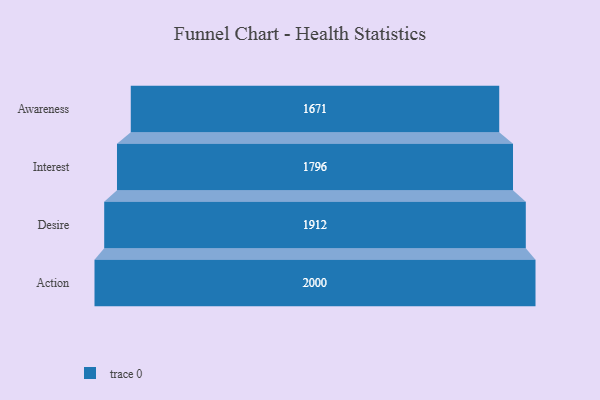
{"axis": {"x": "Stage", "y": "Value"}, "legend": [""], "data": [{"x": "Awareness", "y": 1671.0, "type": ""}, {"x": "Interest", "y": 1796.0, "type": ""}, {"x": "Desire", "y": 1912.0, "type": ""}, {"x": "Action", "y": 2000, "type": ""}]}